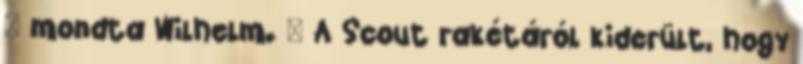
– mondta Wilhelm. – A Scout rakétáról kiderült, hogy